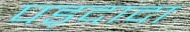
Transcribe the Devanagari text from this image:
पड़दादा